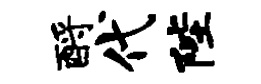
酹代陛